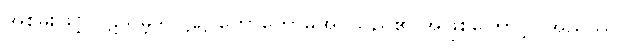
အစွမ်းဖြင့် ပဋိသမ္ဘိဒါပါဠိ၌ ဟောတော်မူအပ်သည်၏ အဖြစ်ကြောင့်။ အညဿ၊